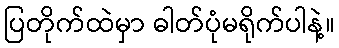
ပြတိုက်ထဲမှာ ဓါတ်ပုံမရိုက်ပါနဲ့။